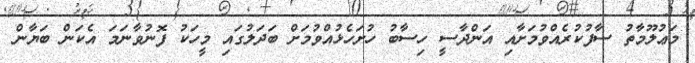
މަޢުލޫމާތު ސާފުކުރެއްވުމަށާއި އަންދާސީ ހިސާބު ހުށަހެޅުއްވުމަށް ބަދަލުގައި މީހަކު ފޮނުވާނަމަ އެކަން ބަޔާން